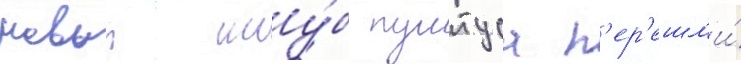
новыи клу́б пунтуса п'ер'ешл'и́